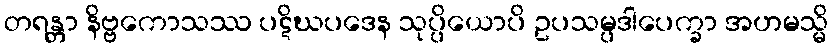
တရန္တာ နိဗ္ဗကောသဿ ပဋိဃပဒေန သုပ္ပိယောပိ ဥပသမ္ပဒါပေက္ခာ အဟမသ္မိ